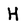
Character: H